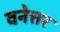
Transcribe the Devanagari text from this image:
वनेत्तर